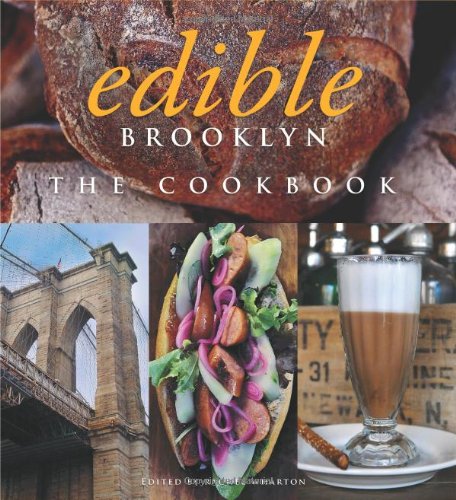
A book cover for Edible Brooklyn: The Cookbook; Cookbooks, Food & Wine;